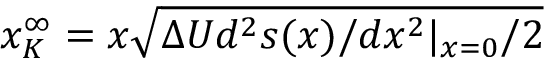
x _ { K } ^ { \infty } = x \sqrt { \Delta U d ^ { 2 } s ( x ) / d x ^ { 2 } | _ { x = 0 } / 2 }